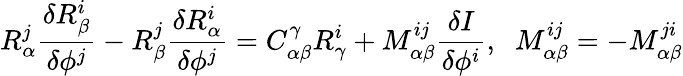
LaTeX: R_{\alpha}^{j}\frac{\delta R_{\beta}^{i}}{\delta\phi^{j}}-R_{\beta}^{j}\frac{\delta R_{\alpha}^{i}}{\delta\phi^{j}}=C_{\alpha\beta}^{\gamma}R_{\gamma}^{i}+M_{\alpha\beta}^{ij}\frac{\delta I}{\delta\phi^{i}},\; \; M_{\alpha\beta}^{ij}=-M_{\alpha\beta}^{ji}